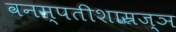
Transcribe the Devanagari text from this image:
वनस्पतीशास्रज्ञ